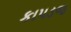
કાપડજ